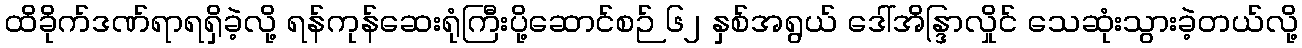
ထိခိုက်ဒဏ်ရာရရှိခဲ့လို့ ရန်ကုန်ဆေးရုံကြီးပို့ဆောင်စဉ် ၆၂ နှစ်အရွယ် ဒေါ်အိန္ဒြာလှိုင် သေဆုံးသွားခဲ့တယ်လို့